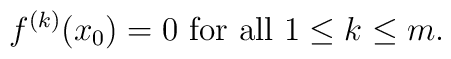
f^{(k)}(x_0) = 0 \mbox{ for all } 1 \leq k \leq m.